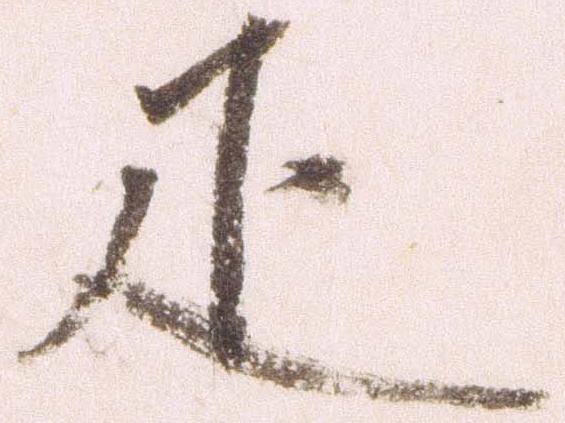
疋